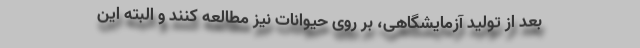
بعد از تولید آزمایشگاهی، بر روی حیوانات نیز مطالعه کنند و البته این